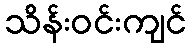
သိန်းဝင်းကျင်